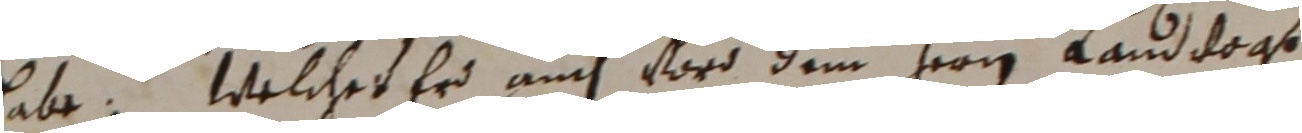
abe. Welches er auch word dem herrn landvogt